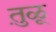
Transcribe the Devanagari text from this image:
तु़ळू